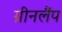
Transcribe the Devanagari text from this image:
ग्रीनलैंप